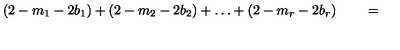
( 2 - m _ { 1 } - 2 b _ { 1 } ) + ( 2 - m _ { 2 } - 2 b _ { 2 } ) + \ldots + ( 2 - m _ { r } - 2 b _ { r } ) \qquad =